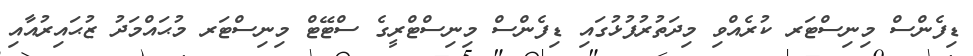
ޑިފެންސް މިނިސްޓަރ ކުރެއްވި މިދަތުރުފުޅުގައި ޑިފެންސް މިނިސްޓްރީގެ ސްޓޭޓް މިނިސްޓަރ މުޙައްމަދު ޒުޙައިރުއާއި